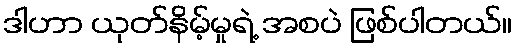
ဒါဟာ ယုတ်နိမ့်မှုရဲ့ အစပဲ ဖြစ်ပါတယ်။